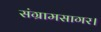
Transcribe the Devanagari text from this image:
संग्रामसागर।